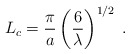
\begin{align*}L_c=\frac{\pi}{a}\left(\frac{6}{\lambda}\right)^{1/2}\;.\end{align*}